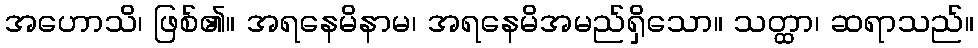
အဟောသိ၊ ဖြစ်၏။ အရနေမိနာမ၊ အရနေမိအမည်ရှိသော။ သတ္ထာ၊ ဆရာသည်။